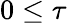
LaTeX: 0\leq\tau